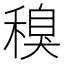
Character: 𱶜